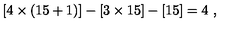
[ 4 \times ( 1 5 + 1 ) ] - [ 3 \times 1 5 ] - [ 1 5 ] = 4 \ ,